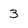
Character: 3